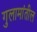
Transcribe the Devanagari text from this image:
गुलामांतील